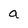
Character: a